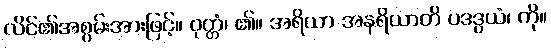
လိင်၏အစွမ်းအားဖြင့်။ ဝုတ္တံ၊ ၏။ အရိယာ အနရိယာတိ ပဒဒွယံ၊ ကို။